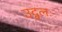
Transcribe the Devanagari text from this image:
उद्बलः